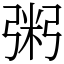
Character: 粥